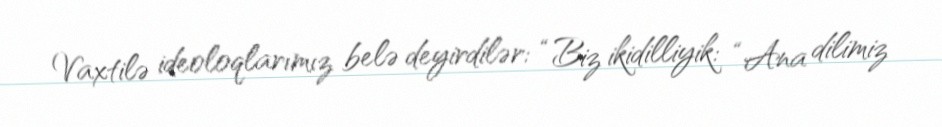
Vaxtilə ideoloqlarımız belə deyirdilər: “Biz ikidilliyik: “Ana dilimiz